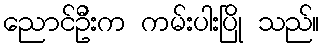
ညောင်ဦးက ကမ်းပါးပြို သည်။